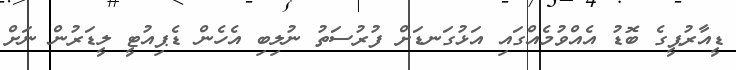
ޑީއާރުޕީގެ ބޮޑު އެއްވުމެއްގައި އަޅުގަނޑަށް ފުރުސަތު ނުލިބި އެހެން ޑެޕިއުޓީ ލީޑަރުން ނަށް